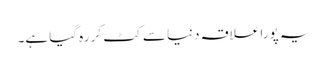
یہ پورا علاقہ دنیا سے کٹ کر رہ گیا ہے۔